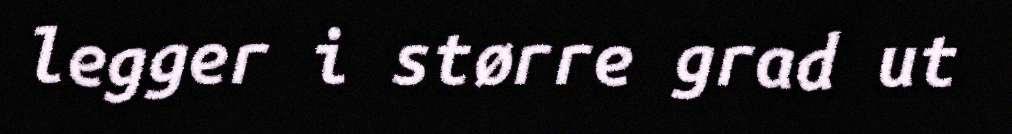
legger i større grad ut